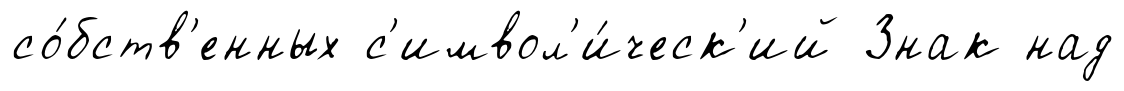
со́бств'енных с'имвол'и́ческ'ий Знак над